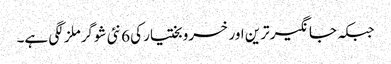
جبکہ جانگیرترین اور خسرو بختیار کی 6 نئی شوگرملز لگی ہے۔